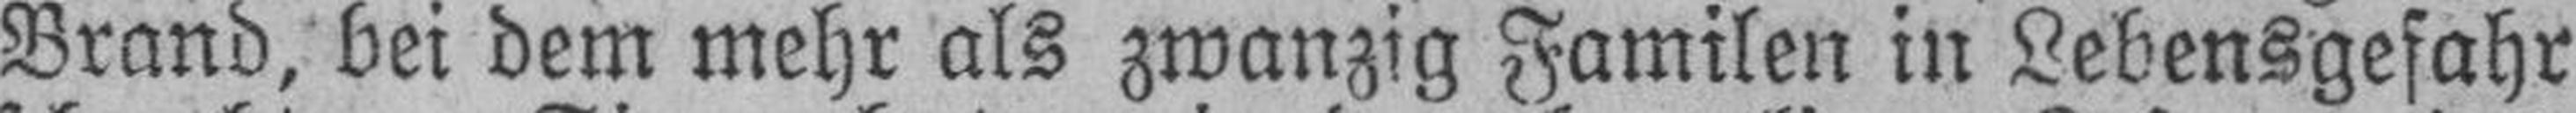
Brand, bei dem mehr als zwanzig Familen in Lebensgefahr